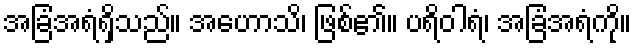
အခြံအရံရှိသည်။ အဟောသိ၊ ဖြစ်၏။ ပရိဝါရံ၊ အခြံအရံကို။